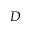
D